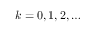
k = 0 , 1 , 2 , \dots